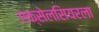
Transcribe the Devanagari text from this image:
एक्सेलसियरला